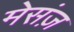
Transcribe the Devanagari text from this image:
मेसंज़